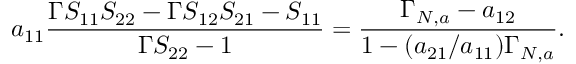
a _ { 1 1 } \frac { \Gamma S _ { 1 1 } S _ { 2 2 } - \Gamma S _ { 1 2 } S _ { 2 1 } - S _ { 1 1 } } { \Gamma S _ { 2 2 } - 1 } = \frac { \Gamma _ { N , a } - a _ { 1 2 } } { 1 - ( a _ { 2 1 } / a _ { 1 1 } ) \Gamma _ { N , a } } .